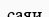
саяи